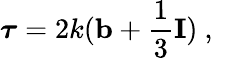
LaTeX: \boldsymbol{\tau}=2k(\mathbf{b}+\frac{1}{3}\mathbf{I})\mathrm{~,~}